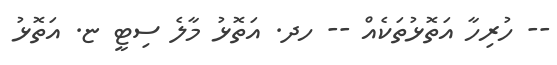
-- ހުރިހާ އަތޮޅުތަކެއް -- ހދ. އަތޮޅު މާލެ ސިޓީ ޏ. އަތޮޅު